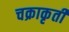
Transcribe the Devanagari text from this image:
चक्राकृती